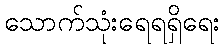
သောက်သုံးရေရရှိရေး